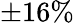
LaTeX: \pm 16\%